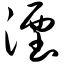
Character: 湮